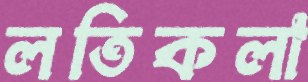
লতিকলা